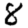
Digit: 8